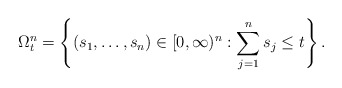
\begin{align*}\Omega_t^n=\left\{(s_1,\dots, s_n)\in [0,\infty)^n: \sum_{j=1}^n s_j\le t\right\}.\end{align*}